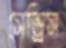
সেন্ড্রিস